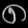
Digit: ၈